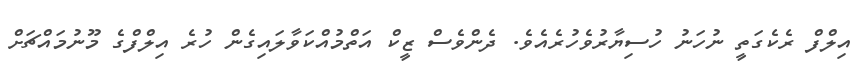
އިލްފް ރެކެގަތީ ނުހަނު ހުސިޔާރުވެހުރެއެވެ. ދެންވެސް ޒީކް އަތްމުއްކަވާލައިގެން ހުރެ އިލްފްގެ މޫނުމައްޗަށް